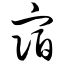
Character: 宿